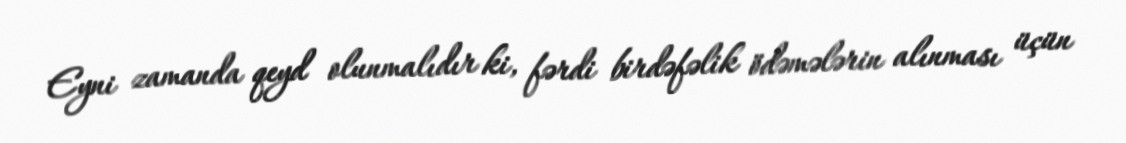
Eyni zamanda qeyd olunmalıdır ki, fərdi birdəfəlik ödəmələrin alınması üçün